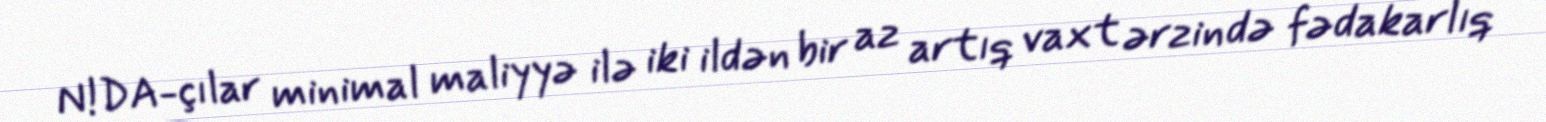
N!DA-çılar minimal maliyyə ilə iki ildən bir az artıq vaxt ərzində fədakarlıq